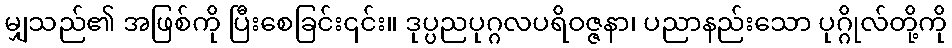
မျှသည်၏ အဖြစ်ကို ပြီးစေခြင်း၎င်း။ ဒုပ္ပညပုဂ္ဂလပရိဝဇ္ဇနာ၊ ပညာနည်းသော ပုဂ္ဂိုလ်တို့ကို